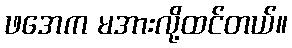
ဖအေက မအားလို့ထင်တယ်။